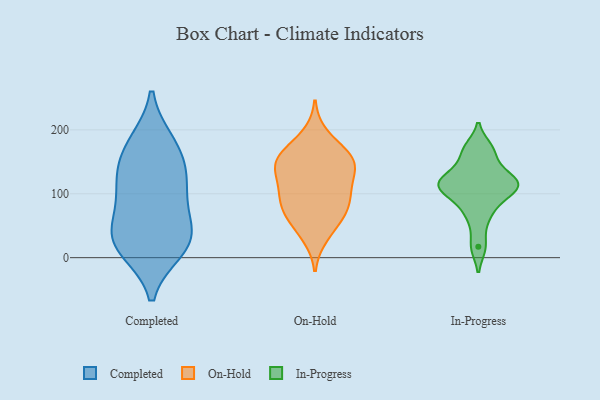
{"axis": {"x": "Budget (USD K)", "y": "Value"}, "legend": ["Completed", "In-Progress", "On-Hold"], "data": [{"x": "", "y": 91, "type": "Completed"}, {"x": "", "y": 19, "type": "Completed"}, {"x": "", "y": 181, "type": "Completed"}, {"x": "", "y": 142, "type": "Completed"}, {"x": "", "y": 147, "type": "Completed"}, {"x": "", "y": 107, "type": "Completed"}, {"x": "", "y": 115, "type": "Completed"}, {"x": "", "y": 30, "type": "Completed"}, {"x": "", "y": 12, "type": "Completed"}, {"x": "", "y": 18, "type": "Completed"}, {"x": "", "y": 180, "type": "Completed"}, {"x": "", "y": 48, "type": "Completed"}, {"x": "", "y": 50, "type": "Completed"}, {"x": "", "y": 158, "type": "On-Hold"}, {"x": "", "y": 135, "type": "On-Hold"}, {"x": "", "y": 75, "type": "On-Hold"}, {"x": "", "y": 156, "type": "On-Hold"}, {"x": "", "y": 50, "type": "On-Hold"}, {"x": "", "y": 90, "type": "On-Hold"}, {"x": "", "y": 71, "type": "On-Hold"}, {"x": "", "y": 152, "type": "On-Hold"}, {"x": "", "y": 100, "type": "On-Hold"}, {"x": "", "y": 117, "type": "On-Hold"}, {"x": "", "y": 120, "type": "On-Hold"}, {"x": "", "y": 191, "type": "On-Hold"}, {"x": "", "y": 154, "type": "On-Hold"}, {"x": "", "y": 80, "type": "On-Hold"}, {"x": "", "y": 154, "type": "On-Hold"}, {"x": "", "y": 34, "type": "On-Hold"}, {"x": "", "y": 62, "type": "In-Progress"}, {"x": "", "y": 164, "type": "In-Progress"}, {"x": "", "y": 17, "type": "In-Progress"}, {"x": "", "y": 85, "type": "In-Progress"}, {"x": "", "y": 134, "type": "In-Progress"}, {"x": "", "y": 111, "type": "In-Progress"}, {"x": "", "y": 106, "type": "In-Progress"}, {"x": "", "y": 122, "type": "In-Progress"}, {"x": "", "y": 117, "type": "In-Progress"}, {"x": "", "y": 111, "type": "In-Progress"}, {"x": "", "y": 171, "type": "In-Progress"}]}